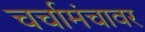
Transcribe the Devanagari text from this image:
चर्चामंचावर